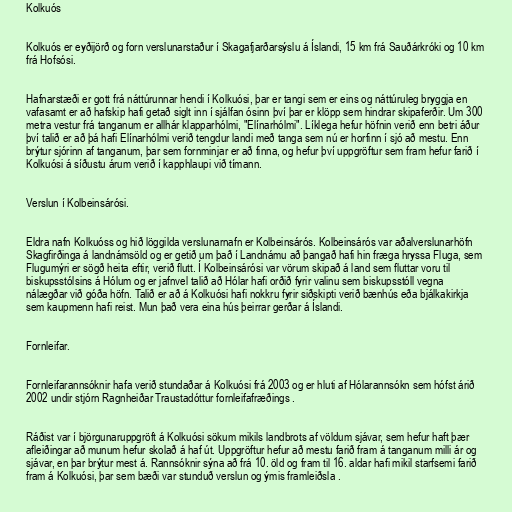
Kolkuós

Kolkuós er eyðijörð og forn verslunarstaður í Skagafjarðarsýslu á Íslandi, 15 km frá Sauðárkróki og 10 km
frá Hofsósi.

Hafnarstæði er gott frá náttúrunnar hendi í Kolkuósi, þar er tangi sem er eins og náttúruleg bryggja en
vafasamt er að hafskip hafi getað siglt inn í sjálfan ósinn því þar er klöpp sem hindrar skipaferðir. Um 300
metra vestur frá tanganum er allhár klapparhólmi, "Elínarhólmi". Líklega hefur höfnin verið enn betri áður
því talið er að þá hafi Elínarhólmi verið tengdur landi með tanga sem nú er horfinn í sjó að mestu. Enn
brýtur sjórinn af tanganum, þar sem fornminjar er að finna, og hefur því uppgröftur sem fram hefur farið í
Kolkuósi á síðustu árum verið í kapphlaupi við tímann.

Verslun í Kolbeinsárósi.

Eldra nafn Kolkuóss og hið löggilda verslunarnafn er Kolbeinsárós. Kolbeinsárós var aðalverslunarhöfn
Skagfirðinga á landnámsöld og er getið um það í Landnámu að þangað hafi hin fræga hryssa Fluga, sem
Flugumýri er sögð heita eftir, verið flutt. Í Kolbeinsárósi var vörum skipað á land sem fluttar voru til
biskupsstólsins á Hólum og er jafnvel talið að Hólar hafi orðið fyrir valinu sem biskupsstóll vegna
nálægðar við góða höfn. Talið er að á Kolkuósi hafi nokkru fyrir siðskipti verið bænhús eða bjálkakirkja
sem kaupmenn hafi reist. Mun það vera eina hús þeirrar gerðar á Íslandi.

Fornleifar.

Fornleifarannsóknir hafa verið stundaðar á Kolkuósi frá 2003 og er hluti af Hólarannsókn sem hófst árið
2002 undir stjórn Ragnheiðar Traustadóttur fornleifafræðings .

Ráðist var í björgunaruppgröft á Kolkuósi sökum mikils landbrots af völdum sjávar, sem hefur haft þær
afleiðingar að munum hefur skolað á haf út. Uppgröftur hefur að mestu farið fram á tanganum milli ár og
sjávar, en þar brýtur mest á. Rannsóknir sýna að frá 10. öld og fram til 16. aldar hafi mikil starfsemi farið
fram á Kolkuósi, þar sem bæði var stunduð verslun og ýmis framleiðsla .